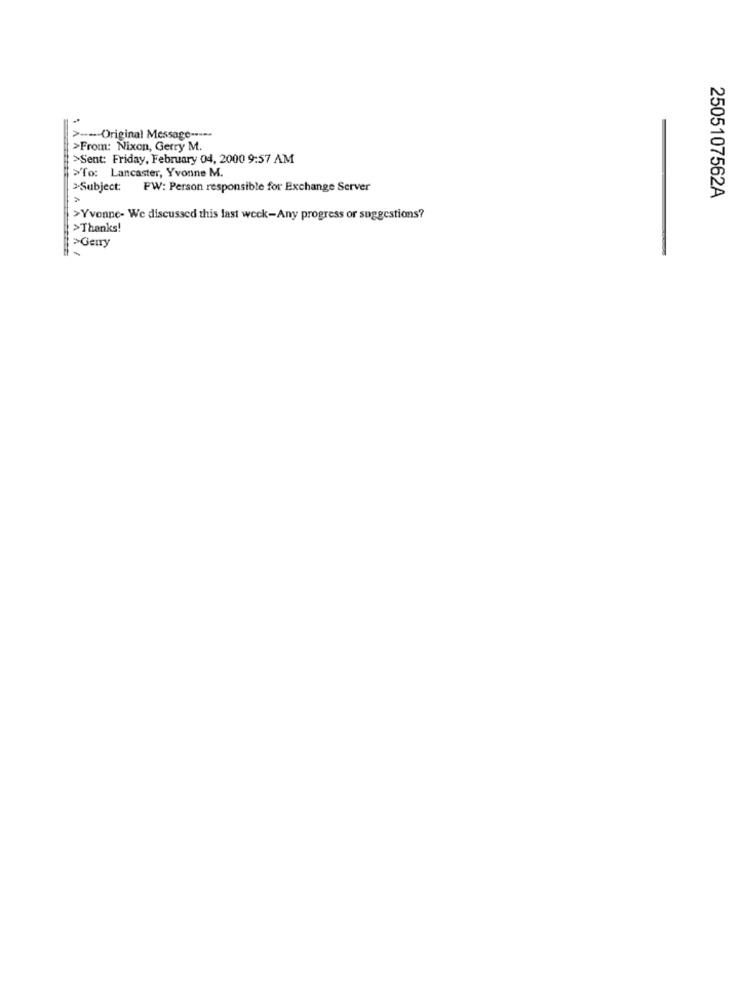
> --- Original Message -----
>From: Nixon, Gerry M.
>Sent: Friday, February 04, 2000 9:57 AM
>To: Lancaster, Yvonne M.
2.Subject:
FW: Person responsible for Exchange Server
2505107562A
>Yvonne- We discussed this last week-Any progress or suggestions?
>Thanks!
>Geny